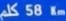
كم 58